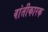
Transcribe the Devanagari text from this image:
वांतीकारक